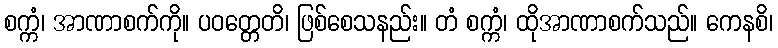
စက္ကံ၊ အာဏာစက်ကို။ ပဝတ္တေတိ၊ ဖြစ်စေသနည်း။ တံ စက္ကံ၊ ထိုအာဏာစက်သည်။ ကေနစိ၊